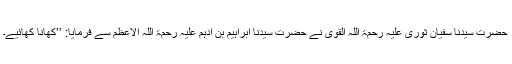
حضرت سیدنا سفیان ثوری علیہ رحمۃ اللہ القوی نے حضرت سیدنا ابراہیم بن ادہم علیہ رحمۃ اللہ الاعظم سے فرمایا: ’’کھانا کھائیے۔